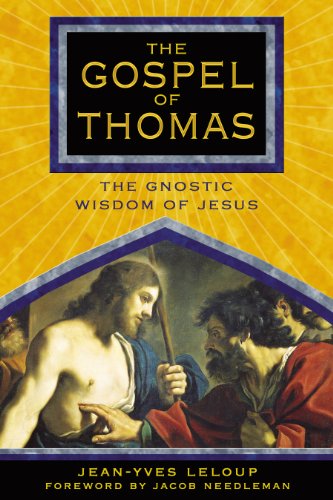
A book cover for The Gospel of Thomas: The Gnostic Wisdom of Jesus; Jean-Yves Leloup; Christian Books & Bibles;